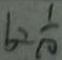
b = \frac { 1 } { 1 0 }